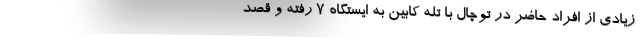
زیادی از افراد حاضر در توچال با تله کابین به ایستگاه ۷ رفته و قصد